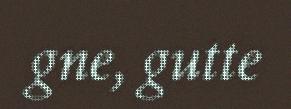
gne, gutte